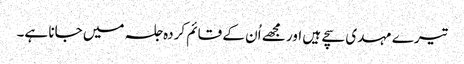
تیرے مہدی سچے ہیں اور مجھے اُن کے قائم کردہ جلسہ میں جانا ہے۔